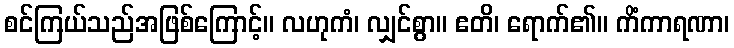
စင်ကြယ်သည်အဖြစ်ကြောင့်။ လဟုကံ၊ လျှင်စွာ။ ဧတိ၊ ရောက်၏။ ကိံကာရဏာ၊